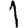
Digit: 1